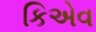
કિએવ